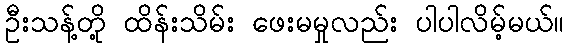
ဦးသန့်တို့ ထိန်းသိမ်း ဖေးမမှုလည်း ပါပါလိမ့်မယ်။